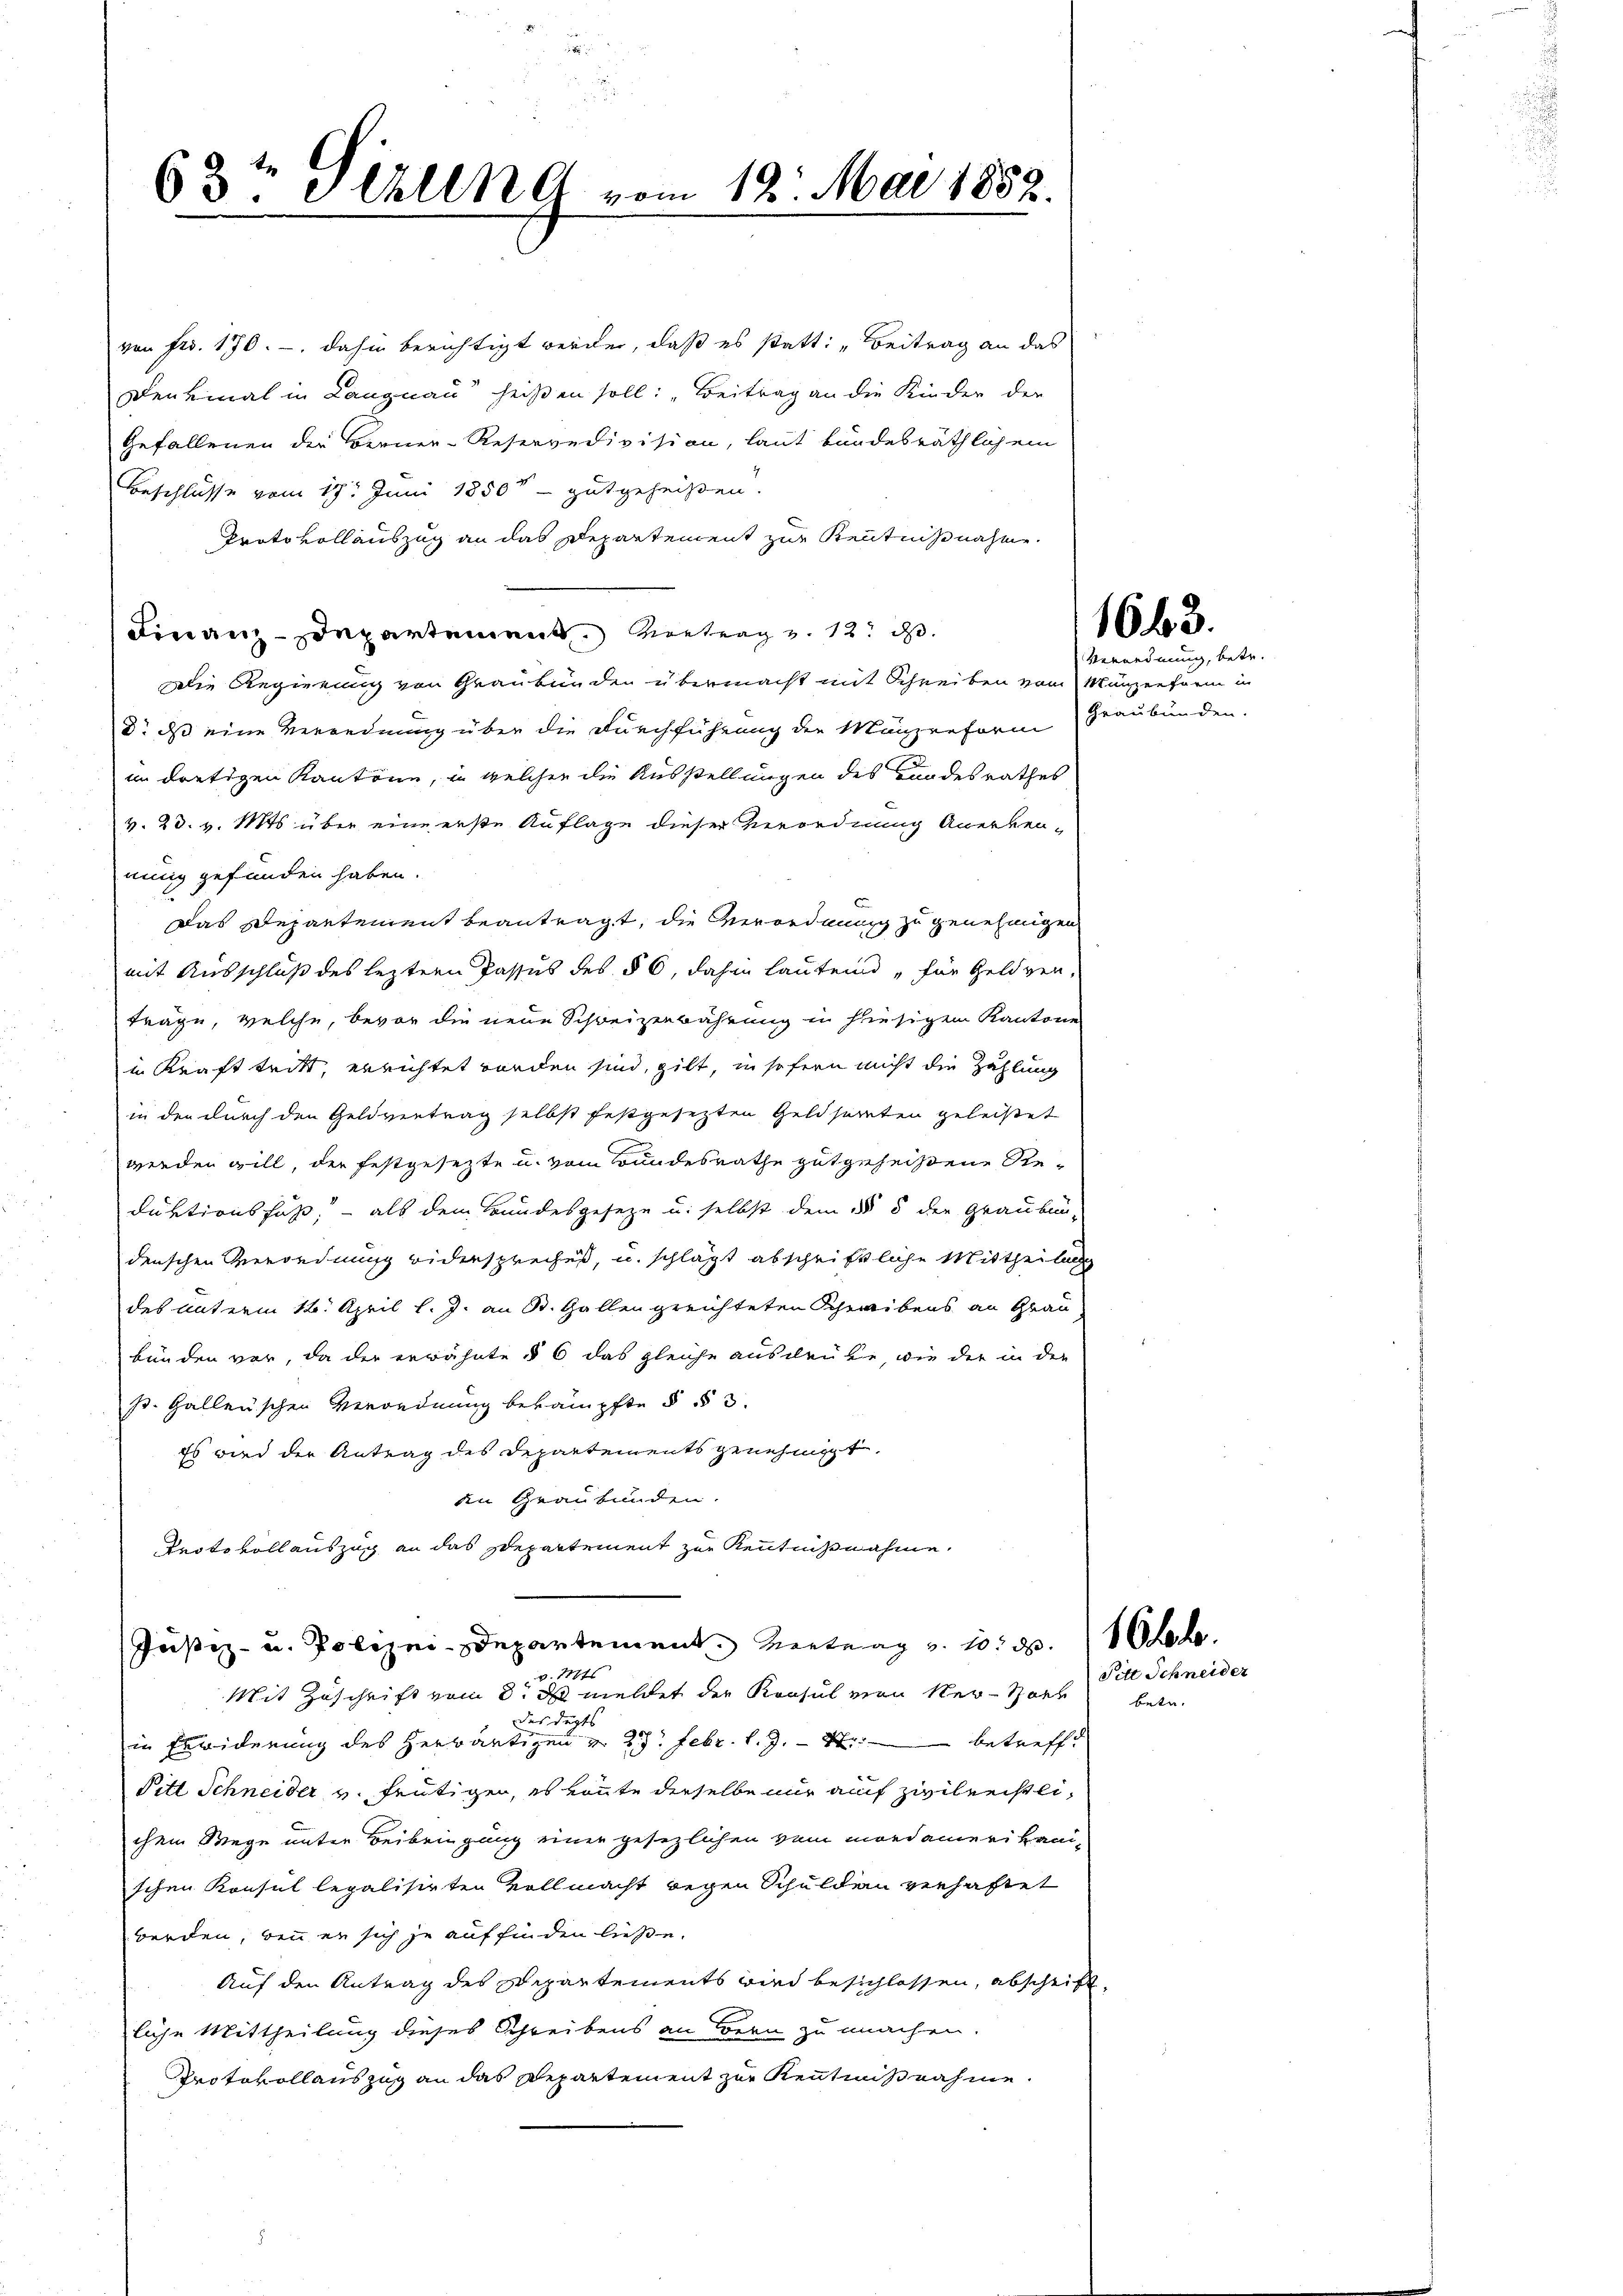
von Fr. 170. - dahin berichtigt werden, daß es statt: „Beitrag an das
Denkmal in Langnau heißen soll: „Beitrag an die Kinder der
Gefallenen die Berner-Reservedivision, laut bundesräthlichem
Beschlüsse vom 17t Juni 1850 gutgeheißen.
Protokollauszug an das Departement zur Kenntnißnahme.
Finanzdepartemen Vortrag v. 12. d.
Die Regierung von Graubünden übermacht mit Schreiben vom Münzenform in
do das eine Verordnung über die Durchführung der Mänzreform Graubünden.
im dortigen Kantone, in welcher die Ausstellungen des Bundesrathes
v. 23. v. Mts. über eine erste Auflage dieser Verordnung Anerken-
nung gefunden haben.
Das Departement beantragt, die Verordnung zu genehmigen
mit Ausschluß des leztern Passus des § 6, dahin lautend „für Geldgen.
träge, welche, bevor die neue Schweizerwährung in hiesigem Kantone
in Kraft tritt, errichtet worden sind, gilt, in sofern nicht die Zahlung
in der durch den Geldvertrag selbst festgesetzten Geldsamten geleistet
werden will, der festgesetzte u. vom Bundesrathe gutgeheißene Reduktionsfuß, – als dem Bundesgeseze u. selbst dem § 5 der Graubun-
denschen Verordnung widerspreches, u. schlägt abschriftliche Mittheilung
des unterm 12. April l. J. an St. Gallen greichteten Scheibens an Grau
bunden vor, da der erwähnte § 6 das gleiche ausdrüke wie der in der
s. Gallenischen Verordnung bekämpfte § § 3.
Es wird der Antrag des Departements genehmigt.
den Graubünden.
Proto voll auszug an das Separtement zur Kenntnißnahme,
Justiz- u. Polizei-Departement. Vertrag v. 10. d. h.
v. Mts.
Mit Zuschrift vom 8. ds meldet der Konsul von Nervorh
das Depts
in Erwiderung des herwärtigen v. 27. Febr. l. J. R. betreffe
Pitt Schneider v. heutigen, es könnte derselbe nur auf zwileristlichem Wege unter Beibringung einer gesezlichen vom Mordamerikani-
schen Konsul legalisirten Vollmacht wegen Schulden verhaftet
werden, wenn er sich je auffinden ließe.
Auf den Antrag des Departements wird beschlossen, abschrift
liche Mittheilung dieses Schreibens an Bern zu machen.
Protokollauszug an das Departement zur Kenntnißnahme.
.

63te 3. Uhllke vom 12. Mai 1882.

Verordnung, betr.

1663.

betr.

Fitt Schneider